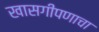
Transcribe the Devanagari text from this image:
खासगीपणाचा